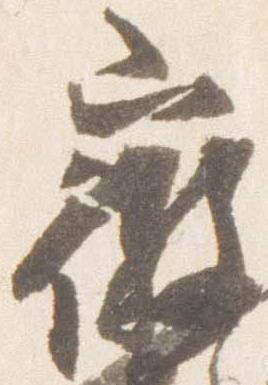
微